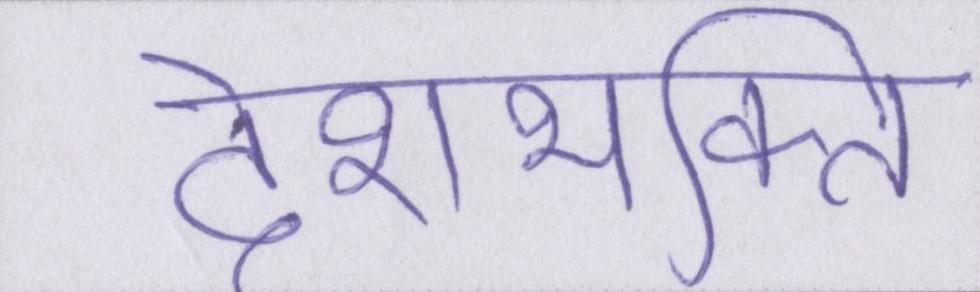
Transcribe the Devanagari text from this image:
देशभक्ति